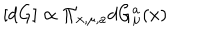
[ d G ] \propto \Pi _ { x , \mu , a } d G _ { \mu } ^ { a } ( x )